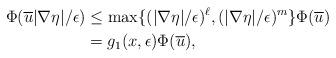
LaTeX: \begin{align*}\Phi(\overline{u}|\nabla \eta|/\epsilon) &\le \max\{(|\nabla \eta|/\epsilon)^\ell,(|\nabla \eta|/\epsilon)^m\}\Phi(\overline{u}) \\ &= g_1(x,\epsilon)\Phi(\overline{u}),\end{align*}